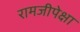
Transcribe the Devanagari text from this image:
रामजीपेक्षा